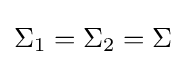
\Sigma _{1}=\Sigma _{2}=\Sigma